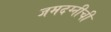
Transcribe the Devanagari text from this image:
जमदग्नीची